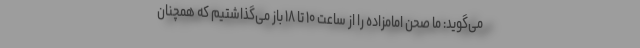
می‌گوید: ما صحن امامزاده را از ساعت ۱۰ تا ۱۸ باز می‌گذاشتیم که همچنان